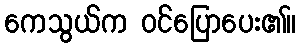
ကေသွယ်က ဝင်ပြောပေး၏။